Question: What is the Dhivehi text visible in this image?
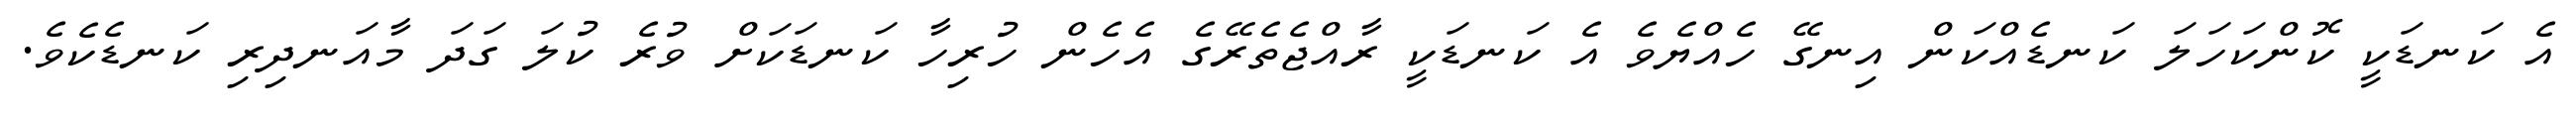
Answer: އެ ކަނޑަކީ ކޮންކަހަލަ ކަނޑެއްކަން އިނގޭ ހެއްޔެވެ އެ ކަނޑަކީ ރާއްޖެތެރޭގެ އެހެން ހުރިހާ ކަނޑަކަށް ވުރެ ކުލަ ގަދަ މާއަނދިރި ކަނޑެކެވެ.